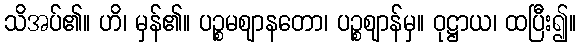
သိအပ်၏။ ဟိ၊ မှန်၏။ ပဉ္စမဈာနတော၊ ပဉ္စဈာန်မှ။ ဝုဋ္ဌာယ၊ ထပြီး၍။